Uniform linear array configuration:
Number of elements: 16
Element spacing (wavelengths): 0.25
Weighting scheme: hann
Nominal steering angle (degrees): -45
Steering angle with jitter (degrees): -45.127
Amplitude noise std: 0.05
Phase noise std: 0.05

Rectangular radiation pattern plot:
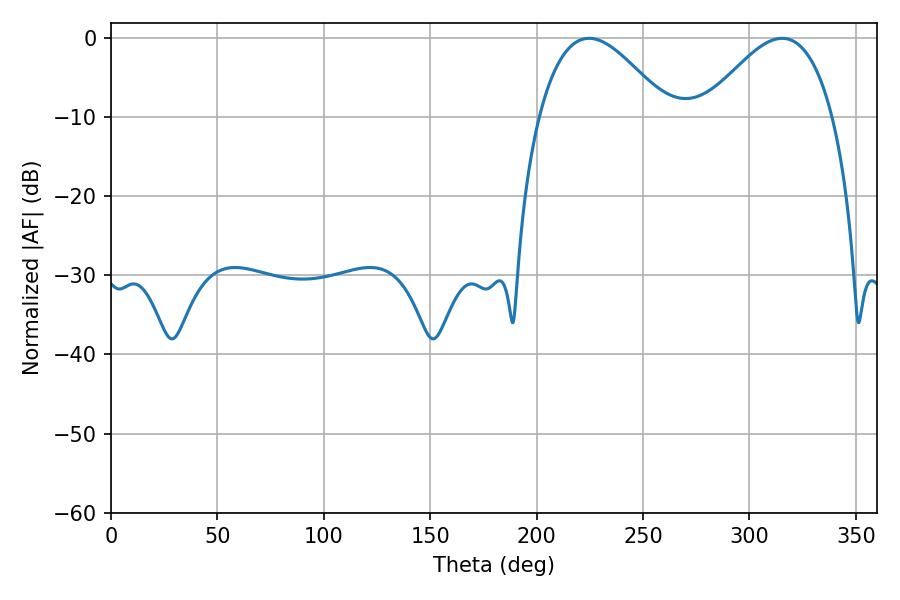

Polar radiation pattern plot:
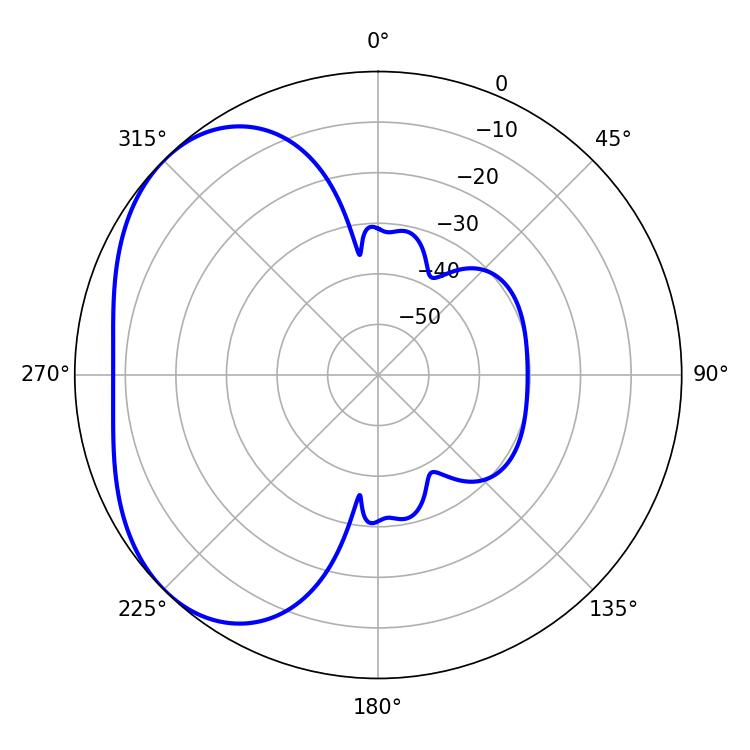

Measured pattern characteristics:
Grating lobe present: FALSE
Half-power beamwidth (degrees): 32.94
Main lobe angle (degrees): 224.64